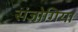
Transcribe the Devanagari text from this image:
संजोगिया